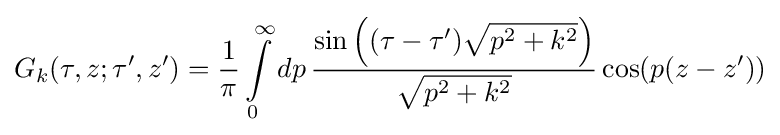
G_{k}(\tau ,z;\tau ',z')={\frac {1}{\pi }}\int \limits _{0}^{\infty }dp\,{\frac {\sin \left((\tau -\tau '){\sqrt {p^{2}+k^{2}}}\right)}{\sqrt {p^{2}+k^{2}}}}\cos(p(z-z'))